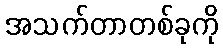
အသက်တာတစ်ခုကို